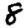
Digit: 8